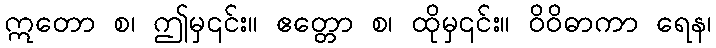
ဣတော စ၊ ဤမှ၎င်း။ ဧတ္တော စ၊ ထိုမှ၎င်း။ ဝိဝိဓာကာ ရေန၊